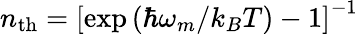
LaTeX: n_{\mathrm{th}}=\left[\exp{(\hbar\omega_{m}/k_{B}T)}-1\right]^{-1}